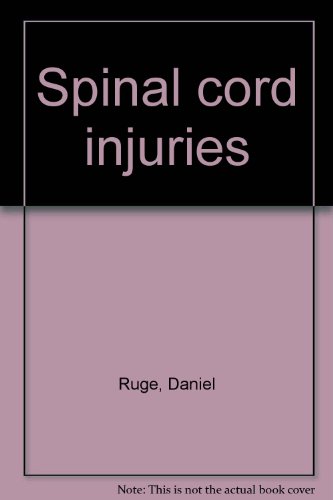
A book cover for Spinal cord injuries; Daniel Ruge; Health, Fitness & Dieting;